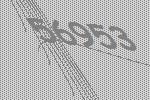
56953